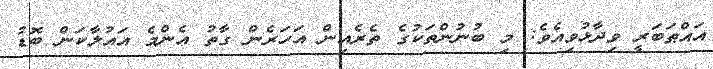
އައްޠަބަރީ ވިދާޅުވިއެވެ: މި ބުނުންތަކުގެ ތެރެއިން އަހަރެން ގާތު އެންމެ އައުލާކަން ބޮޑު